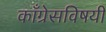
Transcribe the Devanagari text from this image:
काँग्रेसविषयी